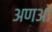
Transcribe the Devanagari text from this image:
अणओं